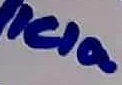
Text: ICIa